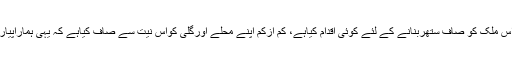
کیاہم نے اس ملک کو صاف ستھربنانے کے لئے کوئی اقدام کیاہے، کم ازکم اپنے محلے اورگلی کواس نیت سے صاف کیاہے کہ یہی ہماراپیاراملک ہے۔